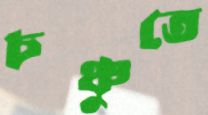
চঞ্চুতে